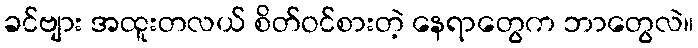
ခင်ဗျား အထူးတလယ် စိတ်ဝင်စားတဲ့ နေရာတွေက ဘာတွေလဲ။